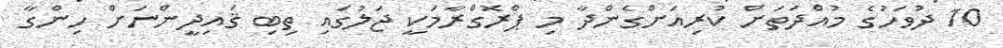
10 ދުވަހުގެ މުއްދަތަށް ކުރިއަށްގެންދާ މި ޕްރޮގްރާމަކީ ޖަލުގައި ތިބި ޤައިދީންނަށް ހިންގާ